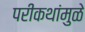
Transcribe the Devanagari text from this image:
परीकथांमुळे